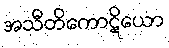
အသီတိကောဋိယော